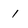
Character: 1